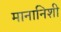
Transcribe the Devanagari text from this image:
मानानिशी